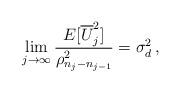
LaTeX: \begin{align*}\lim_{j\to \infty}\frac{E[\overline{U}_j^2]} {\rho_{n_j-n_{j-1}}^2} = \sigma_d^2 \,,\end{align*}